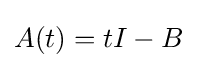
A(t)=tI-B